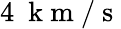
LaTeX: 4~\mathrm{~k~m~}/\mathrm{~s~}